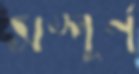
সম্পূর্ণ